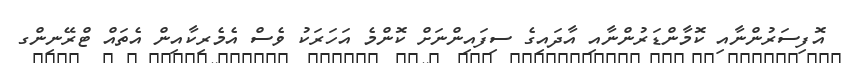
އޮފިސަރުންނާއި ކޮމާންޑަރުންނާއި އާދައިގެ ސިފައިންނަށް ކޮންމެ އަހަރަކު ވެސް އެމެރިކާއިން އެތައް ޓްރޭނިންގ